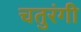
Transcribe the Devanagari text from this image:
चतुरंगी